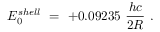
E _ { 0 } ^ { s h e l l } \ = \ + 0 . 0 9 2 3 5 \ \frac { h c } { 2 R } \ .